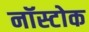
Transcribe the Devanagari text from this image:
नॉस्टोक